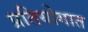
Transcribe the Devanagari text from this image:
प्रतियोगात